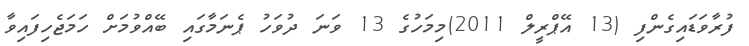
ފުރާވަޑައިގެންފި (13 އޭޕްރީލް 2011)މިމަހުގެ 13 ވަނަ ދުވަހު ޕެނަމާގައި ބޭއްވުމަށް ހަމަޖެހިފައިވާ